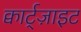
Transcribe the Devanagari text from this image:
क्वार्ट्‌ज़ाइट